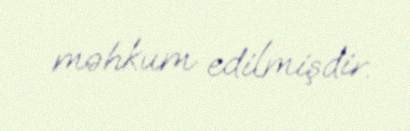
məhkum edilmişdir.